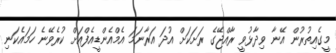
މީގެއިތުރުން އޭނާ ވިދާޅުވީ ރާއްޖޭގެ ރަށަކަށް އުދަ އަރާނަމަ އެމްއެންޑީއެފްއަށް ކުރެވޭނެ ހަމައެކަނި